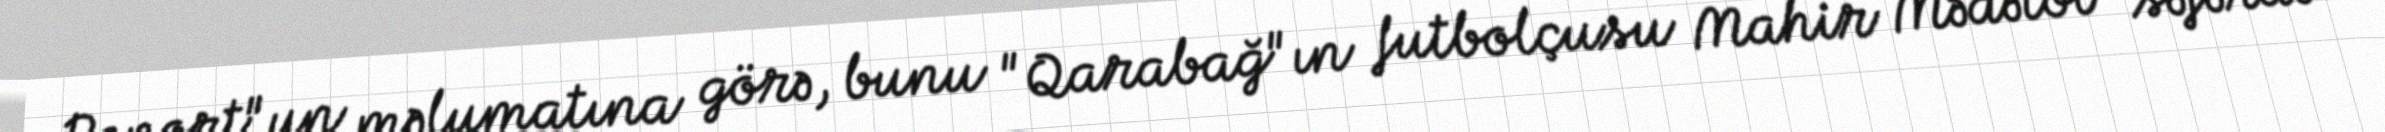
Report"un məlumatına görə, bunu "Qarabağ"ın futbolçusu Mahir Mədətov səfərdə